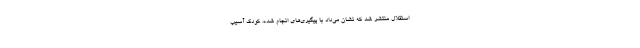
استقلال منتشر شد که نشان می‌داد با پیگیری‌های انجام شده، کودک آسیب